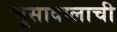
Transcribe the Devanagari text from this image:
भूसावालाची